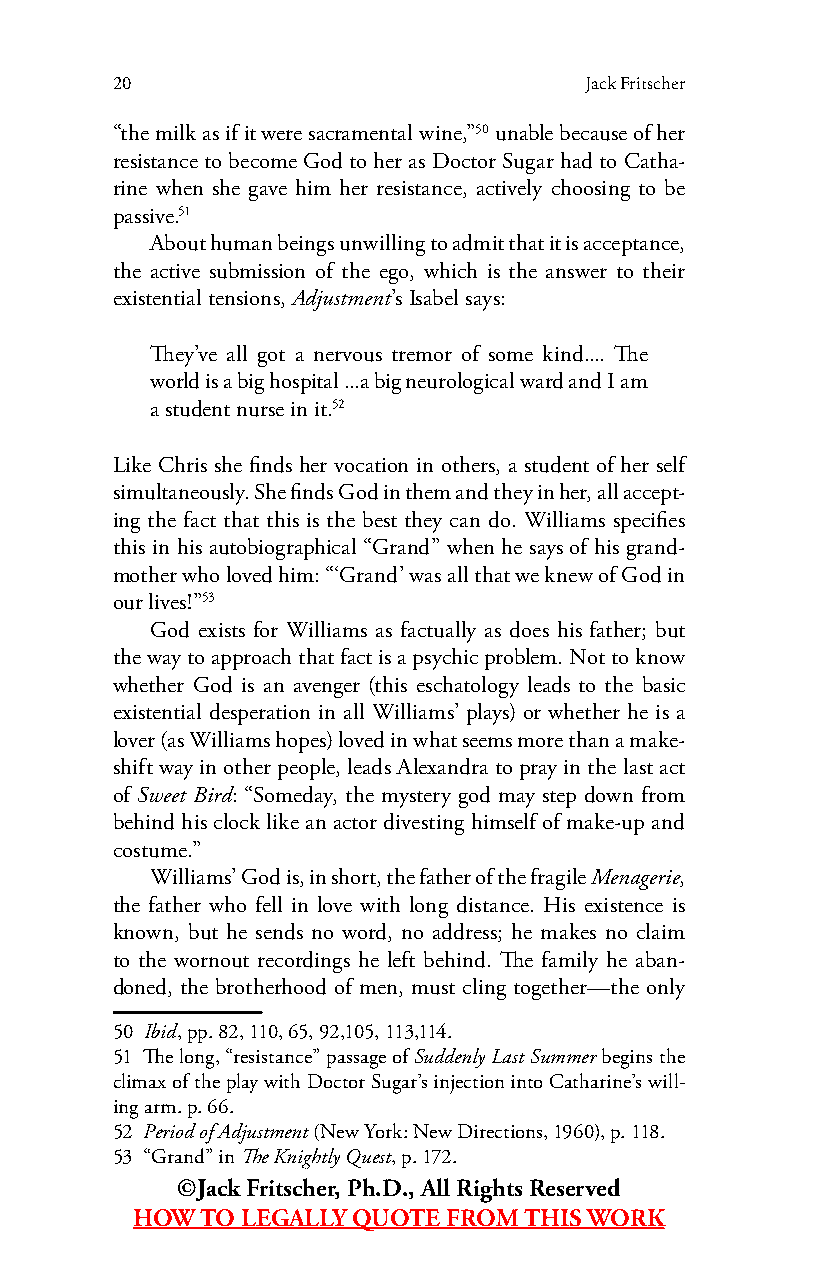
20                              Jack Fritscher
 “the milk as if it were sacramental wine,”50 unable because of her
 resistance to become God to her as Doctor Sugar had to Catha-
 rine when she gave him her resistance, actively choosing to be
 passive.51
 About human beings unwilling to admit that it is acceptance,
 the active submission of the ego, which is the answer to their
 existential tensions, Adjustment’s Isabel says:
 They’ve all got a nervous tremor of some kind.... The
 world is a big hospital ...a big neurological ward and I am
 a student nurse in it.52
 Like Chris she finds her vocation in others, a student of her self
 simultaneously. She finds God in them and they in her, all accept-
 ing the fact that this is the best they can do. Williams specifies
 this in his autobiographical “Grand” when he says of his grand-
 mother who loved him: “‘Grand’ was all that we knew of God in
 our lives!”53
 God exists for Williams as factually as does his father; but
 the way to approach that fact is a psychic problem. Not to know
 whether God is an avenger (this eschatology leads to the basic
 existential desperation in all Williams’ plays) or whether he is a
 lover (as Williams hopes) loved in what seems more than a make-
 shift way in other people, leads Alexandra to pray in the last act
 of Sweet Bird: “Someday, the mystery god may step down from
 behind his clock like an actor divesting himself of make-up and
 costume.”
 Williams’ God is, in short, the father of the fragile Menagerie,
 the father who fell in love with long distance. His existence is
 known, but he sends no word, no address; he makes no claim
 to the wornout recordings he left behind. The family he aban-
 doned, the brotherhood of men, must cling together—the only
 50 Ibid, pp. 82, 110, 65, 92,105, 113,114.
 51 The long, “resistance” passage of Suddenly Last Summer begins the
 climax of the play with Doctor Sugar’s injection into Catharine’s will-
 ing arm. p. 66.
 52 Period of Adjustment (New York: New Directions, 1960), p. 118.
 53 “Grand” in The Knightly Quest, p. 172.
 ©Jack Fritscher, Ph.D., All Rights Reserved
 HOW TO LEGALLY QUOTE FROM THIS WORK